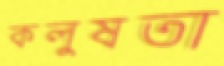
কলুষতা